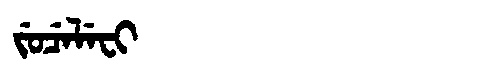
Manchu: ᠵᡠᠴᡝᠯᡝᠸᡳ
Romanization: JUCELEFI